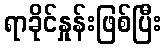
ရာခိုင်နှုန်းဖြစ်ပြီး